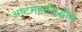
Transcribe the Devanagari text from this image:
अष्टमहासिद्धीच